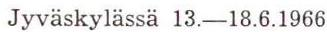
Jyväskylässä 13.-18.6.1966